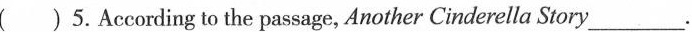
( ) 5.Accordling to the passage, Another Cinderella Story___.